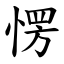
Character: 愣